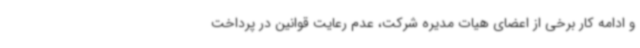
و ادامه کار برخی از اعضای هیات مدیره شرکت، عدم رعایت قوانین در پرداخت